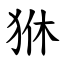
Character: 㹯